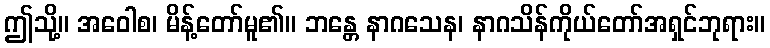
ဤသို့။ အဝေါစ၊ မိန့်တော်မူ၏။ ဘန္တေ နာဂသေန၊ နာဂသိန်ကိုယ်တော်အရှင်ဘုရား။